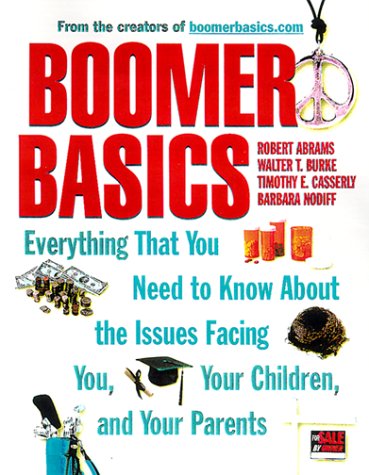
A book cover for Boomer Basics: Everything That You Need to Know About the Issues Facing You, Your Children, and Your Parents; Robert Abrams; Health, Fitness & Dieting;